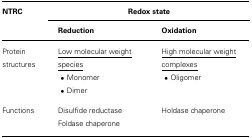
<table><thead><tr><td><b>NTRC</b></td><td colspan="2"><b>Redox state</b></td></tr><tr><td></td><td><b>Reduction</b></td><td><b>Oxidation</b></td></tr></thead><tbody><tr><td>Protein structures</td><td><underline>Low molecular weight species</underline></td><td><underline>High molecular weight complexes</underline></td></tr><tr><td></td><td>•Monomer</td><td>•Oligomer</td></tr><tr><td></td><td>•Dimer</td><td></td></tr><tr><td>Functions</td><td>Disulfide reductase Foldase chaperone</td><td>Holdase chaperone</td></tr></tbody></table>